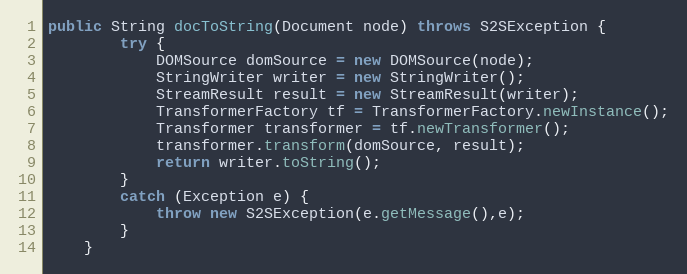
Language: Java
public String docToString(Document node) throws S2SException {
        try {
            DOMSource domSource = new DOMSource(node);
            StringWriter writer = new StringWriter();
            StreamResult result = new StreamResult(writer);
            TransformerFactory tf = TransformerFactory.newInstance();
            Transformer transformer = tf.newTransformer();
            transformer.transform(domSource, result);
            return writer.toString();
        }
        catch (Exception e) {
            throw new S2SException(e.getMessage(),e);
        }
    }